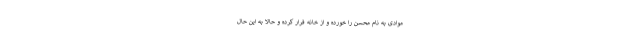
موادی به‌ نام محسن را خورده و از خانه فرار کرده و حالا به این حال